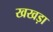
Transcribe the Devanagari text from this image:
खखड़ा